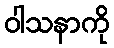
ဝါသနာကို